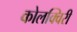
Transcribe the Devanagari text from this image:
कोलक्विरी